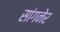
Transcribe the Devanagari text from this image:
सांगनेर